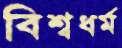
বিশ্বধর্ম